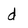
Character: d